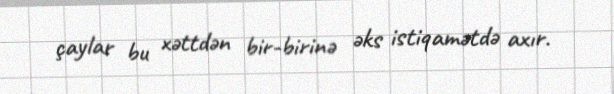
çaylar bu xəttdən bir-birinə əks istiqamətdə axır.